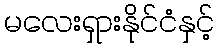
မလေးရှားနိုင်ငံနှင့်